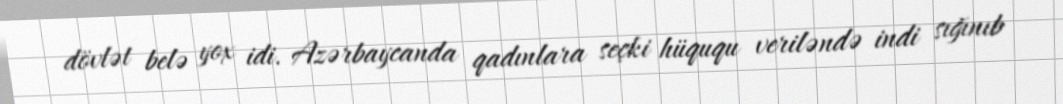
dövlət belə yox idi. Azərbaycanda qadınlara seçki hüququ veriləndə indi sığınıb